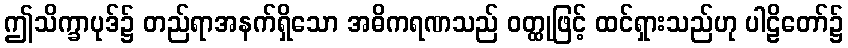
ဤသိက္ခာပုဒ်၌ တည်ရာအနက်ရှိသော အဓိကရဏသည် ဝတ္ထုဖြင့် ထင်ရှားသည်ဟု ပါဠိတော်၌